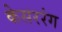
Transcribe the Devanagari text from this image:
केसररंग